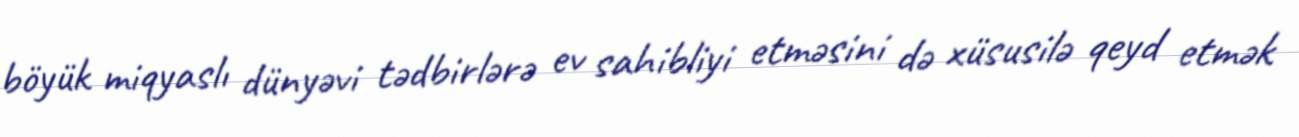
böyük miqyaslı dünyəvi tədbirlərə ev sahibliyi etməsini də xüsusilə qeyd etmək